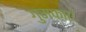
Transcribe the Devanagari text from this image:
गुम्फाएं